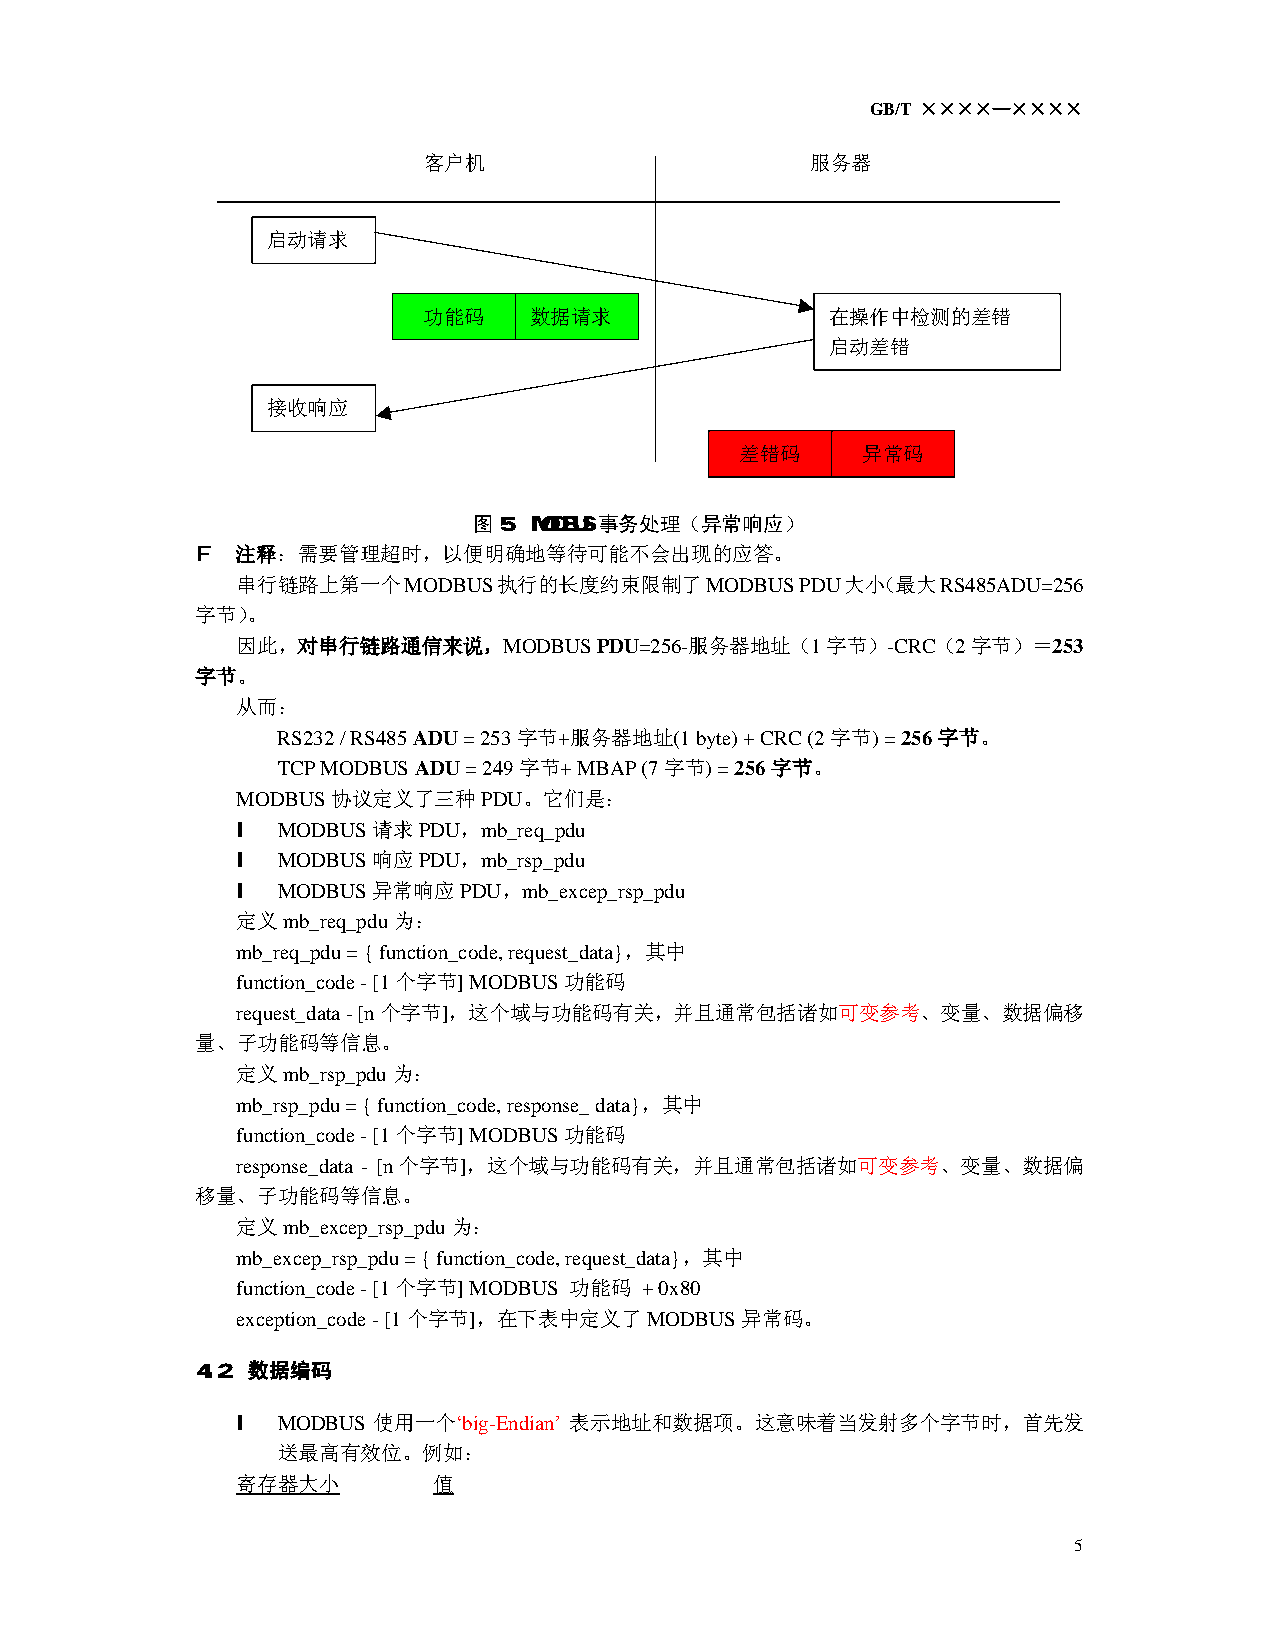
GB/T ××××—××××
 客户机                       服务器
 启动请求
 功能码    数据请求                在操作中检测的差错
 启动差错
 接收响应
 差错码     异常码
 图5  MODBUS事务处理（异常响应）
 F  注释：需要管理超时，以便明确地等待可能不会出现的应答。
 串行链路上第一个MODBUS执行的长度约束限制了MODBUS       PDU大小（最大RS485ADU=256
 字节）。
 因此，对串行链路通信来说，MODBUS    PDU=256-服务器地址（1字节）-CRC（2字节）＝253
 字节。
 从而：
 RS232 / RS485 ADU = 253字节+服务器地址(1 byte) + CRC (2字节) = 256字节。
 TCP MODBUS ADU = 249字节+ MBAP (7字节) = 256字节。
 MODBUS协议定义了三种PDU。它们是：
 l MODBUS请求PDU，mb_req_pdu
 l MODBUS响应PDU，mb_rsp_pdu
 l MODBUS异常响应PDU，mb_excep_rsp_pdu
 定义mb_req_pdu为：
 mb_req_pdu = { function_code, request_data}，其中
 function_code - [1个字节] MODBUS功能码
 request_data - [n个字节]，这个域与功能码有关，并且通常包括诸如可变参考、变量、数据偏移
 量、子功能码等信息。
 定义mb_rsp_pdu为：
 mb_rsp_pdu = { function_code, response_ data}，其中
 function_code - [1个字节] MODBUS功能码
 response_data - [n 个字节]，这个域与功能码有关，并且通常包括诸如可变参考、变量、数据偏
 移量、子功能码等信息。
 定义mb_excep_rsp_pdu为：
 mb_excep_rsp_pdu = { function_code, request_data}，其中
 function_code - [1个字节] MODBUS 功能码 + 0x80
 exception_code - [1个字节]，在下表中定义了MODBUS异常码。
 4.2 数据编码
 l MODBUS 使用一个‘big-Endian’ 表示地址和数据项。这意味着当发射多个字节时，首先发
 送最高有效位。例如：
 寄存器大小        值
 5